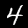
Digit: 4